Plague in India, 1896, 1897 - Volume 2
Year: 1896
Disease focus: Plague
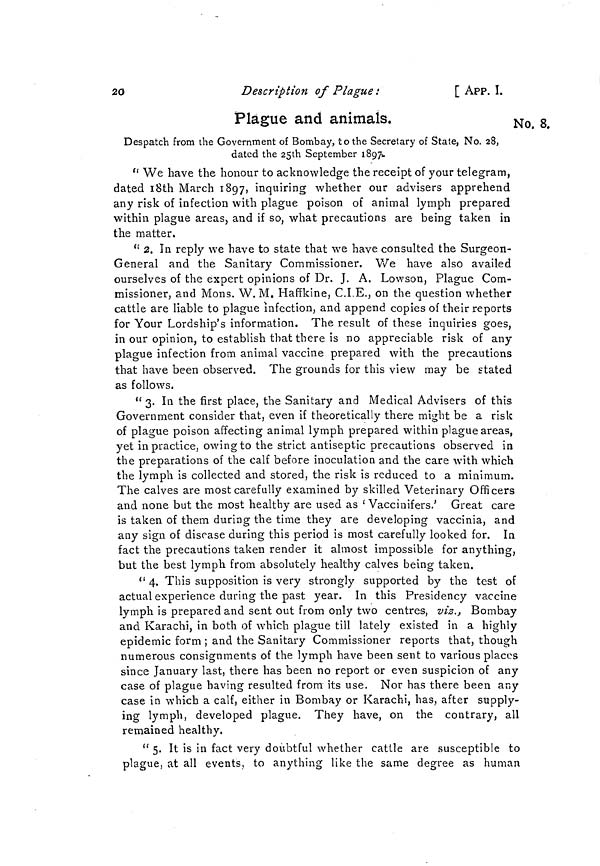
20
Description of Plague:
[ APP. I.
No. 8.
Plague and animals.
Despatch from the Government of Bombay, to the Secretary of State, No. 28,
dated the 25th September 1897-
" We have the honour to acknowledge the receipt of your telegram,
dated 18th March 1897, inquiring whether our advisers apprehend
any risk of infection with plague poison of animal lymph prepared
within plague areas, and if so, what precautions are being taken in
the matter.
" 2. In reply we have to state that we have consulted the Surgeon-
General and the Sanitary Commissioner. We have also availed
ourselves of the expert opinions of Dr. J. A. Lowson, Plague Com-
missioner, and Mons. W. M. Haffkine, C.I.E., on the question whether
cattle are liable to plague infection, and append copies of their reports
for Your Lordship's information. The result of these inquiries goes,
in our opinion, to establish that there is no appreciable risk of any
plague infection from animal vaccine prepared with the precautions
that have been observed. The grounds for this view may be stated
as follows.
" 3. In the first place, the Sanitary and Medical Advisers of this
Government consider that, even if theoretically there might be a risk
of plague poison affecting animal lymph prepared within plague areas,
yet in practice, owing to the strict antiseptic precautions observed in
the preparations of the calf before inoculation and the care with which
the lymph is collected and stored, the risk is reduced to a minimum.
The calves are most carefully examined by skilled Veterinary Officers
and none but the most healthy are used as ' Vaccinifers.' Great care
is taken of them during the time they are developing vaccinia, and
any sign of disease during this period is most carefully looked for. In
fact the precautions taken render it almost impossible for anything,
but the best lymph from absolutely healthy calves being taken.
" 4. This supposition is very strongly supported by the test of
actual experience during the past year. In this Presidency vaccine
lymph is prepared and sent out from only two centres, viz., Bombay
and Karachi, in both of which plague till lately existed in a highly
epidemic form ; and the Sanitary Commissioner reports that, though
numerous consignments of the lymph have been sent to various places
since January last, there has been no report or even suspicion of any
case of plague having resulted from its use. Nor has there been any
case in which a calf, either in Bombay or Karachi, has, after supply-
ing lymph, developed plague. They have, on the contrary, all
remained healthy.
" 5. It is in fact very doubtful whether cattle are susceptible to
plague, at all events, to anything like the same degree as human